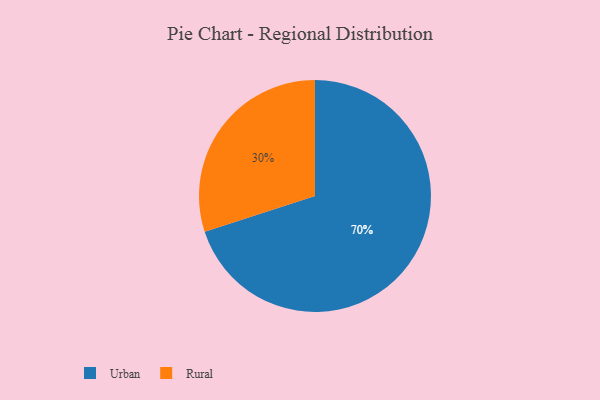
{"axis": {"x": "Category", "y": "Percentage"}, "legend": ["Rural", "Urban"], "data": [{"x": "Urban", "y": 70, "type": "Urban"}, {"x": "Rural", "y": 30, "type": "Rural"}]}